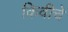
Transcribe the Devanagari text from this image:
किवीचे